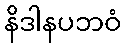
နိဒါနပဘဝံ